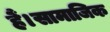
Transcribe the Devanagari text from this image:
हैं।सामाजिक